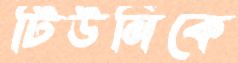
টিউনিকে